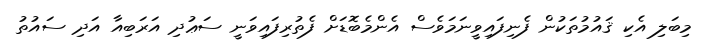
މިބަލި އެކި ޤައުމުތަކުން ފެނިފައިވީނަމަވެސް އެންމެބޮޑަށް ފެތުރިފައިވަނީ ސަޢުދި އަރަބިއާ އަދި ސައުތު